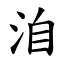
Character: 洎